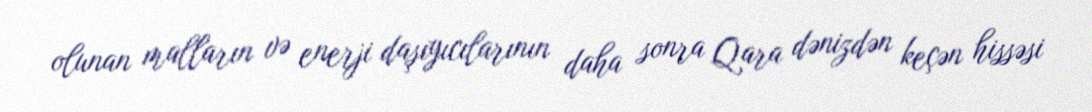
olunan malların və enerji daşıyıcılarının daha sonra Qara dənizdən keçən hissəsi